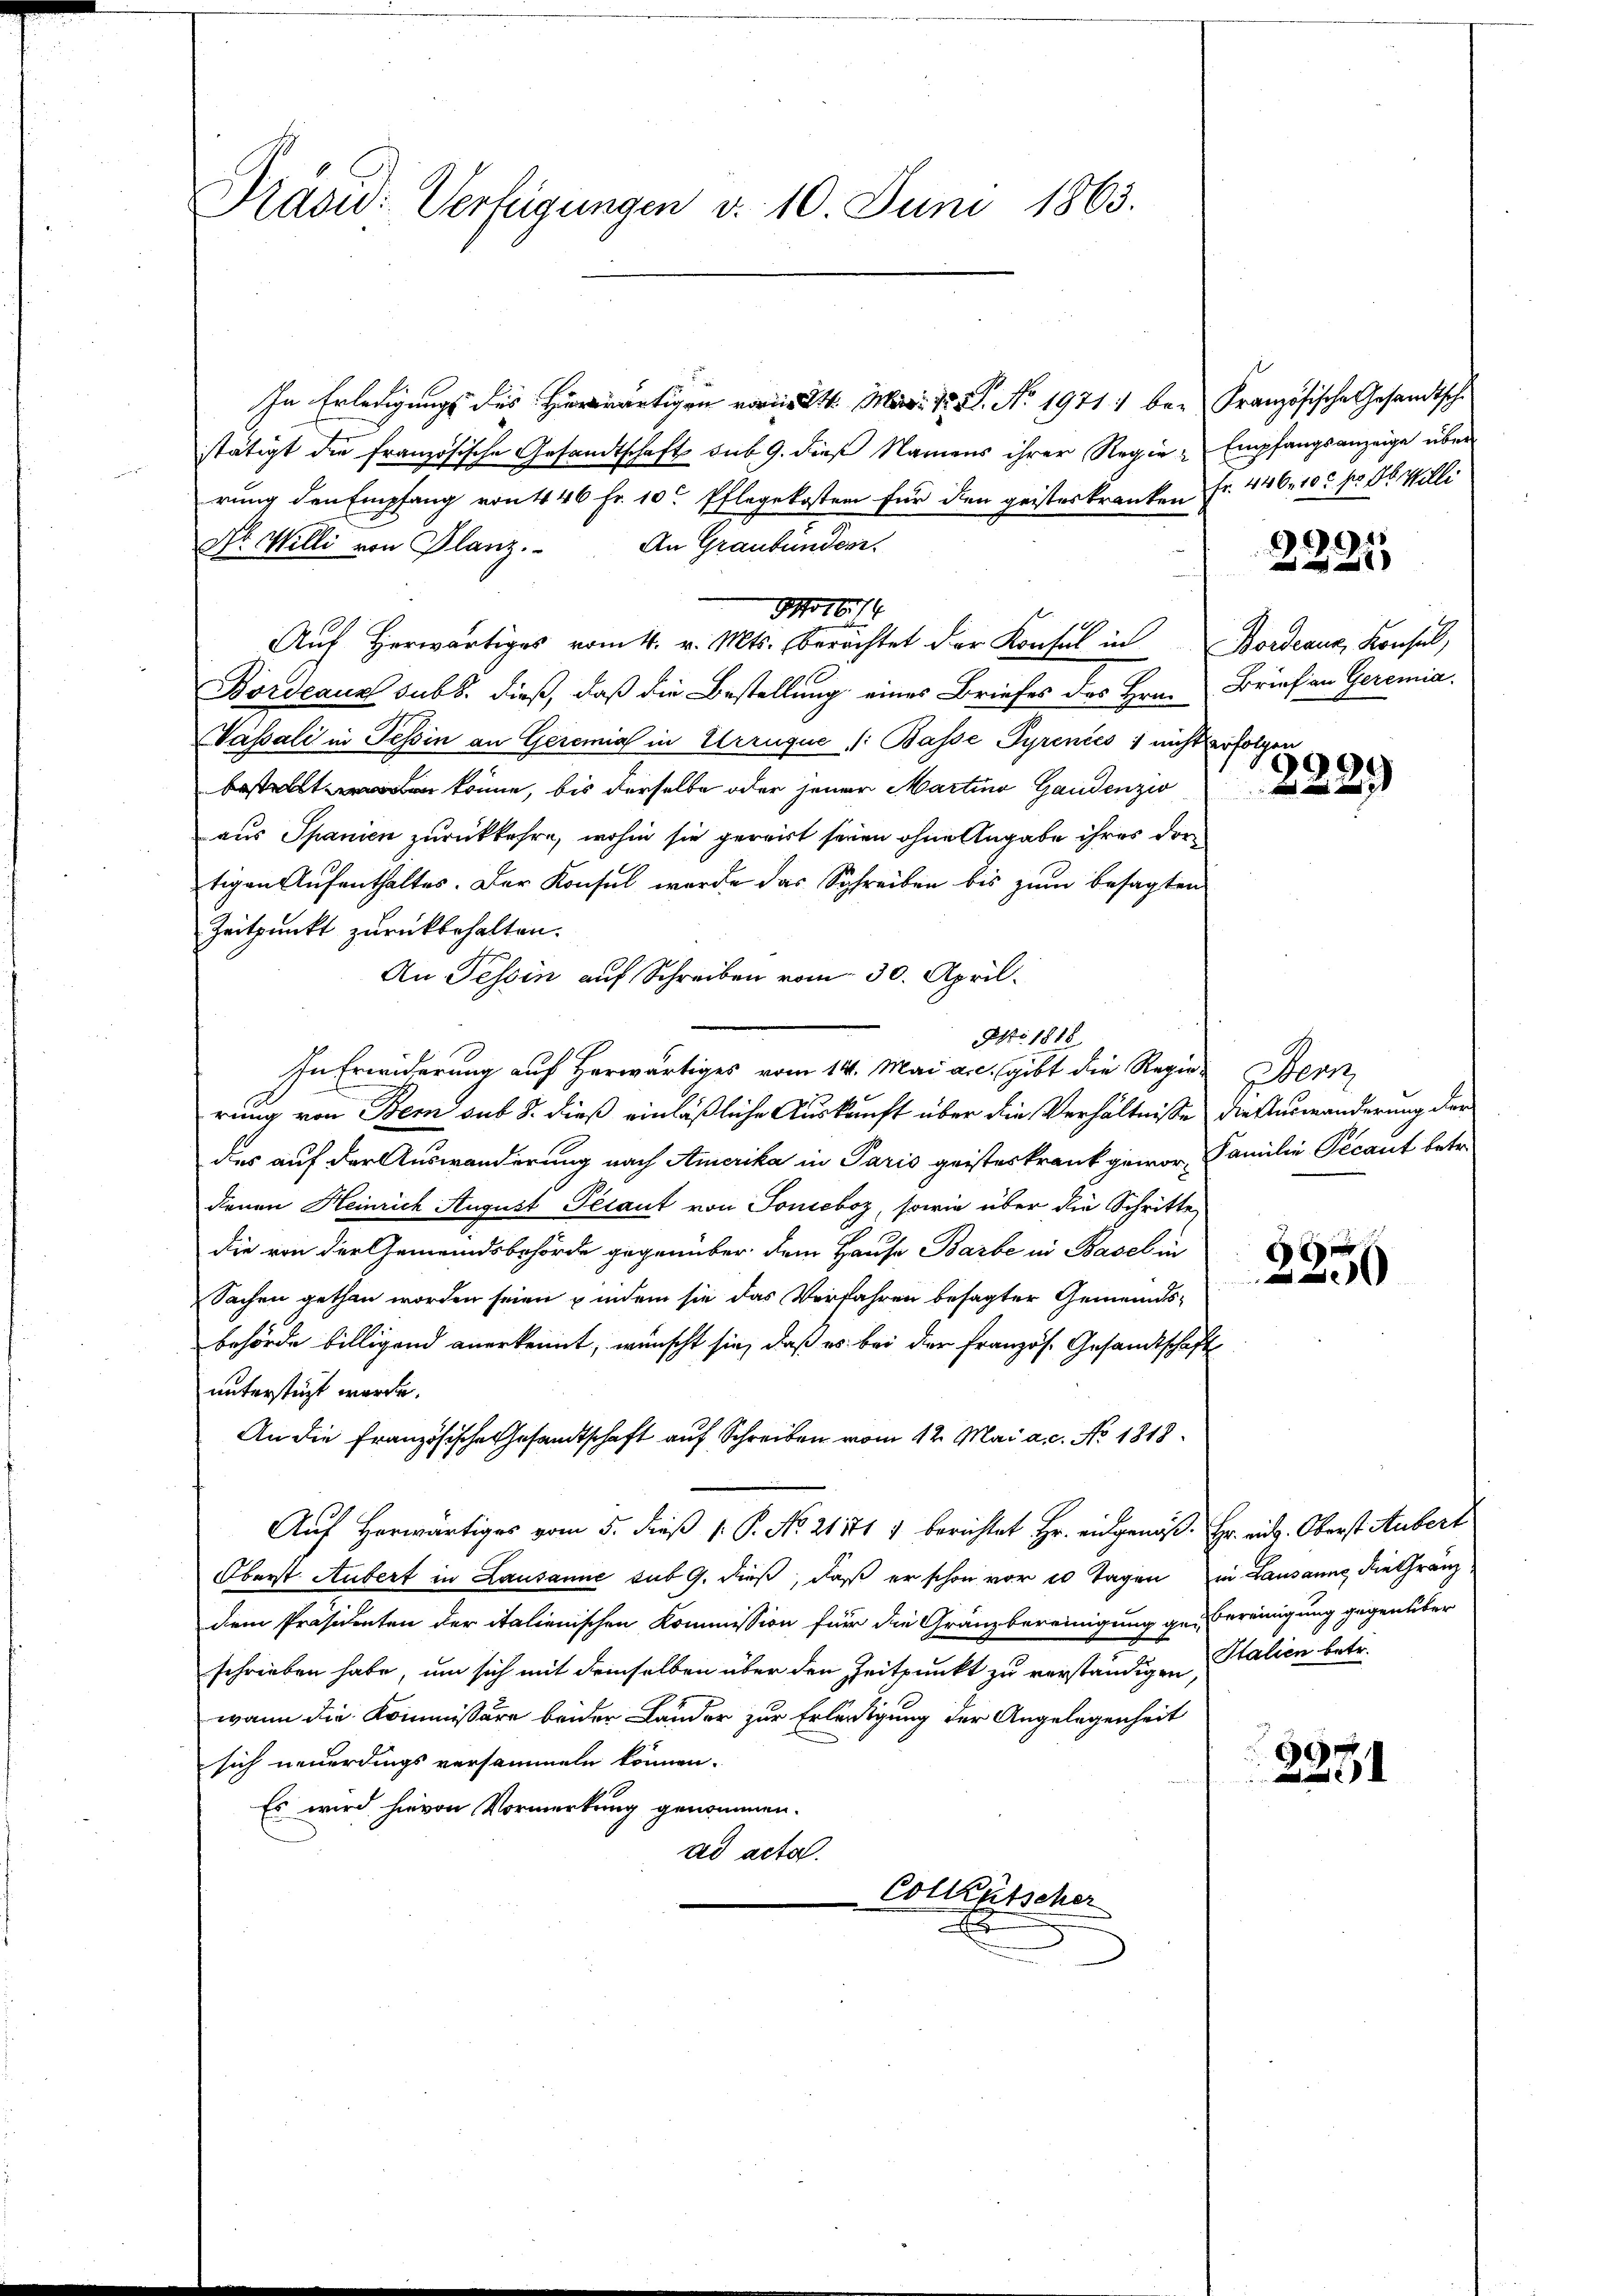
Prasid: Verfügungen v. 10. Juni 1863.

In Erledigungs des Herwärtigen vor. Mai 18. No. 1971 bei Französische Gesandtschstätigt die französische Gesandtschaft sub. 9. dieß Namens ihrer Regie-Empfangsanzeige über
rung den Empfang von 446 Fr. 10. Pflegekosten für den geisteskranken Fr. 446. 10. No. 86. Willi
dr. Willi von Planz. An Graubünder
Ao 1874
Auf herwärtiges vom 4. v. Mts. berachtet der Konsul in Bordeaus, Konsul,
Bordeaux sub. dieß, daß die Bestellung eines Briefes des Hrn. Briefen Geremia
Vassali in Tessin an Geronial in Urruque, /: Basse Pyrenics 1 nicht erfolgen
 könne, bis derselbe oder jener Martina Gaudenzio
aus Spanien zurückkehre, wohin sie gereist seien ohne Angabe ihres dortigen Aufenthaltes. Der Konsul werde das Schreiben bis zum besagten
Zeitpunkt zurückbehalten.
An Tessin auf Schreiben vom 30. April.
Ao 1818
In Erwiderung auf herwärtiges vom 14. Mai a.c. gibt die Regier Bern,
rung von Bem sub 8. dieß einläßliche Auskunft über die Verhältnisse die Auswänderung der
des auf der Auswanderung nach Amerika in Paris geisteskrank gewor-, Familie Pecaut betr.
denen Heinrich August Petaut von Tonicboz, sowie über die Schritte,
die von der Gemeindsbehörde gegenüber dem Hause Barbe in Basel in
Sachen gethan worden seien & indem sie das Verfahren besagter Gemeindsbehörde billigend anerkennt, wünscht sie, daß es bei der Französ. Gesandtschaft
unterstüzt werde.
An die Französische Gesandtschaft auf Schreiben vom 12. Mai a.c. No 1818.
Auf Herwärtiges vom 5. dieß 1. P. No. 21 1717 berichtet Hr. eidgenoß. Hr. ai. Oberst Aubert
Oberst Hubert in Lausanne sub 9. dieß, daß er schon vor 10 Tagen in Lausanne, die Gränzdem Präsidenten der italienischen Kommission für die Gränzbereinigung ge-Bereinigung gegenüber
schrieben habe, um sich mit demselben über den Zeitpunkt zu verständigen,
wann die Kommissäre beider Lander zur Erledigung der Angelegenheit
sich neuerdings versammeln können.
Es wird hievon Vormerkung genommen.
ad acta.

Collentscher

991

¬

2

xx
.

Italien betr.

6
x